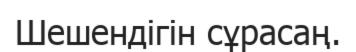
Шешендігін сұрасаң.